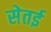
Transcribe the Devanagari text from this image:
सेतई